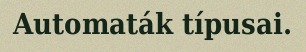
Automaták típusai.